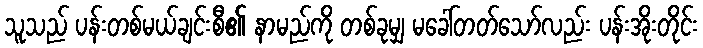
သူသည် ပန်းတစ်မယ်ချင်းစီ၏ နာမည်ကို တစ်ခုမျှ မခေါ်တတ်သော်လည်း ပန်းအိုးတိုင်း